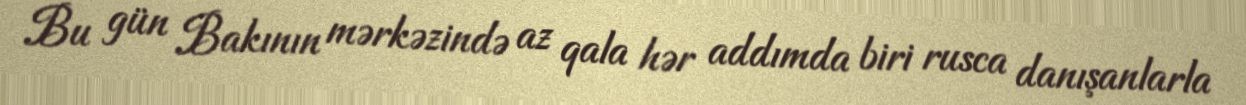
Bu gün Bakının mərkəzində az qala hər addımda biri rusca danışanlarla